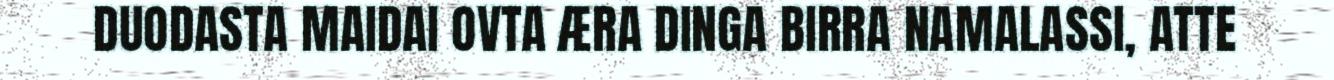
DUODASTA MAIDAI OVTA ÆRA DINGA BIRRA NAMALASSI, ATTE